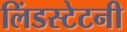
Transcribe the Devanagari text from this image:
लिंडस्टेटनी